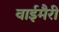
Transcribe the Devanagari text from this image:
वाईमैरी